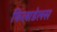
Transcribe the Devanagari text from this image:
फिलाडेलस